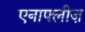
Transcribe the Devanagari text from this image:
एनाफ्लीज़